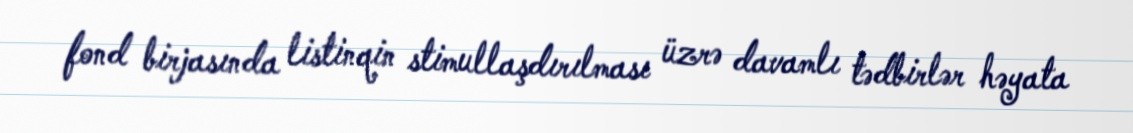
fond birjasında listinqin stimullaşdırılması üzrə davamlı tədbirlər həyata